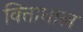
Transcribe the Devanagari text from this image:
वित्ताधाल